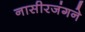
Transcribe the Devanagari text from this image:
नासीरजंगने